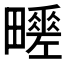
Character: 𤳶